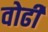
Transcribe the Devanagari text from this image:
वोढी